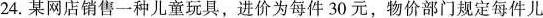
24.某网店销售一种儿童玩具，进价为每件30元，物价部门规定每件儿